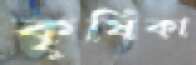
কৃষিকা